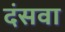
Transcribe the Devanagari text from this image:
दंसवा